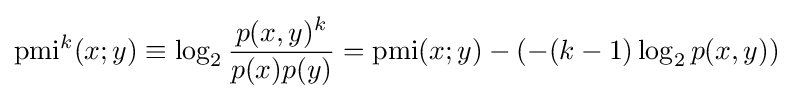
\operatorname {pmi} ^{k}(x;y)\equiv \log _{2}{\frac {p(x,y)^{k}}{p(x)p(y)}}=\operatorname {pmi} (x;y)-(-(k-1)\log _{2}p(x,y))